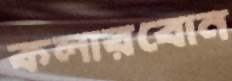
কলারবোন